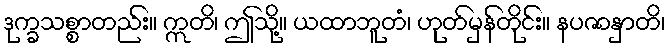
ဒုက္ခသစ္စာတည်း။ ဣတိ၊ ဤသို့။ ယထာဘူတံ၊ ဟုတ်မှန်တိုင်း။ နပဇာနှာတိ၊